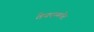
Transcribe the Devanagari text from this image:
तेयनामपेट